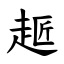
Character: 䞪